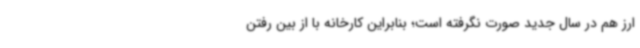
ارز هم در سال جدید صورت نگرفته است؛ بنابراین کارخانه با از بین رفتن